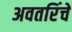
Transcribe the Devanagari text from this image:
अवतरिंचे